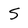
Character: 5